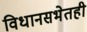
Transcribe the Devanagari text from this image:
विधानसभेतही